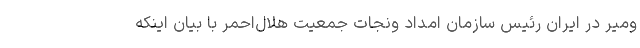
ومیر در ایران رئیس سازمان امداد ونجات جمعیت هلال‌احمر با بیان اینکه